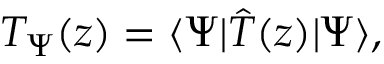
T _ { \Psi } ( z ) = \langle \Psi | \hat { T } ( z ) | \Psi \rangle ,